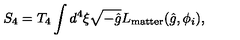
S _ { 4 } = T _ { 4 } \int d ^ { 4 } \xi \sqrt { - \hat { g } } L _ { \mathrm { m a t t e r } } ( \hat { g } , \phi _ { i } ) ,